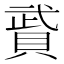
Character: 䝾